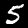
Label: 5